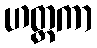
ဟတ္ထကာ